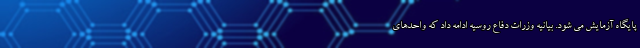
پایگاه آزمایش می شود. بیانیه وزرات دفاع روسیه ادامه داد که واحدهای